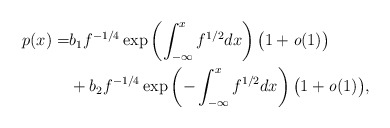
\begin{align*} p(x)=&b_1f^{-1/4}\exp\left(\int_{-\infty}^{x}f^{1/2}dx\right)\bigl(1+\textit{o}(1)\bigr)\\ &+b_2f^{-1/4}\exp\left(-\int_{-\infty}^{x}f^{1/2}dx\right)\bigl(1+\textit{o}(1)\bigr), \end{align*}